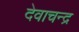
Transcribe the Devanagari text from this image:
देवाचन्द्र